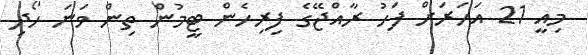
މިއީ 21 އަހަރަށް ފަހު ރާއްޖޭގެ ފިރިހެން ޓީމުން ތިން ވަނަ ހޯދި